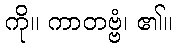
ကို။ ကာတဗ္ဗံ၊ ၏။